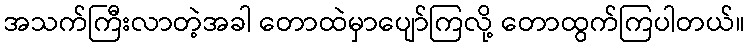
အသက်ကြီးလာတဲ့အခါ တောထဲမှာပျော်ကြလို့ တောထွက်ကြပါတယ်။